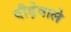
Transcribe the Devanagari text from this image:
दौड़ेवाले